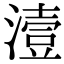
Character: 潱